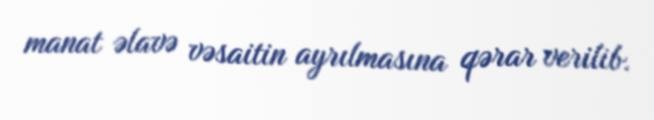
manat əlavə vəsaitin ayrılmasına qərar verilib.